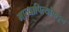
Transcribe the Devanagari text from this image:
मात्यापित्यांकडून